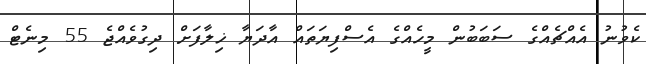
ކެވުނު އެއްޗެއްގެ ސަބަބުން މީހެއްގެ އެސްފިޔަތައް އާދަޔާ ޚިލާފަށް ދިގުވެއްޖެ 55 މިނެޓް